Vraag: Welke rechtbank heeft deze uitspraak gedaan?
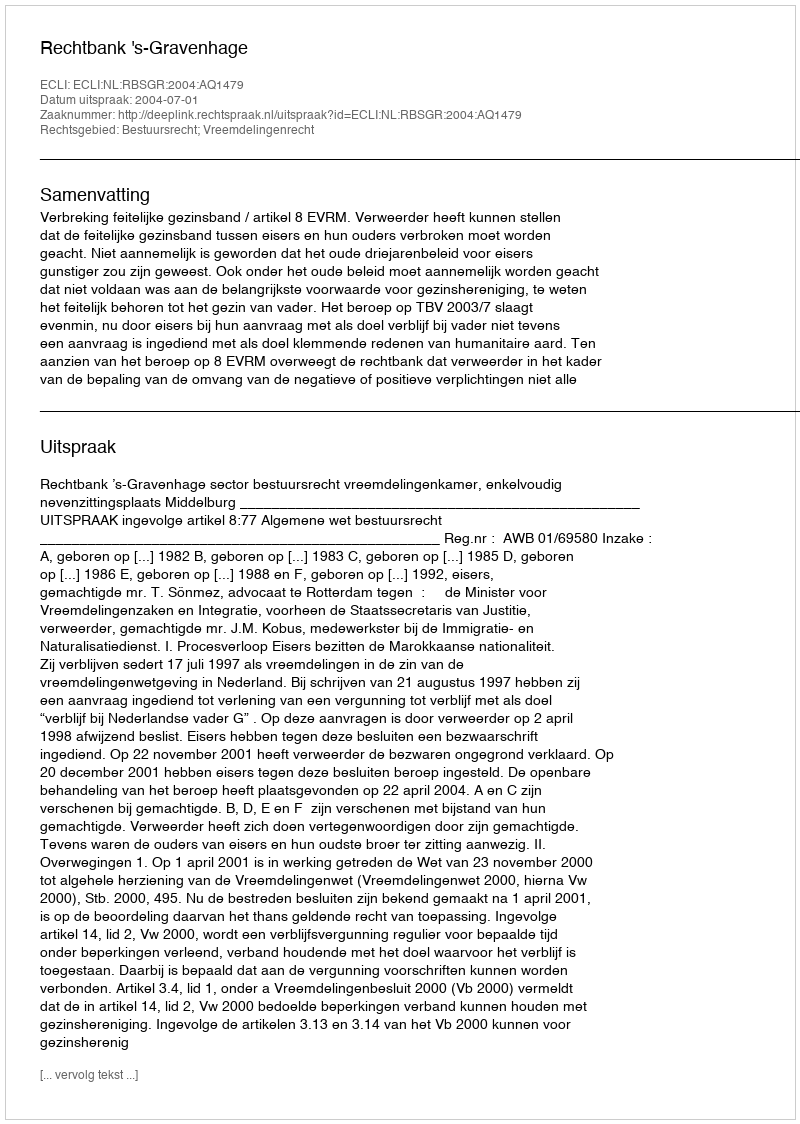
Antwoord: Rechtbank 's-Gravenhage